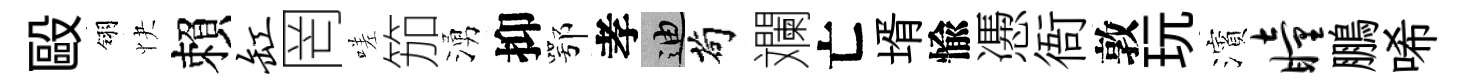
毆翎快賴缸罔嗟笳湧抑鄂孝迪茍斕亡壻愉慿衙敦玩濱瞳鵬唏